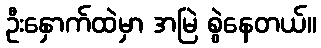
ဦးနှောက်ထဲမှာ အမြဲ စွဲနေတယ်။